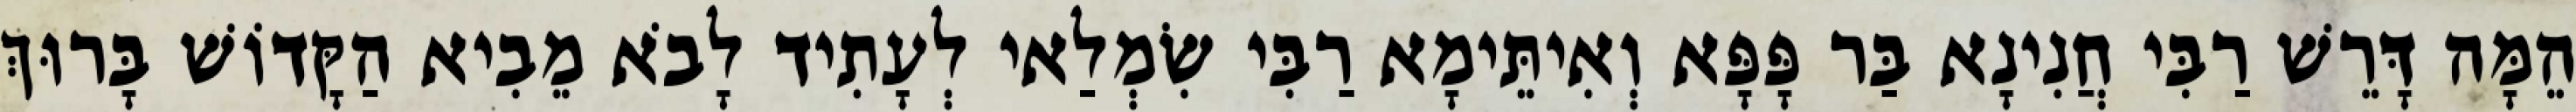
הֵמָּה דָּרֵשׁ רַבִּי חֲנִינָא בַּר פָּפָּא וְאִיתֵּימָא רַבִּי שִׂמְלַאי לְעָתִיד לָבֹא מֵבִיא הַקָּדוֹשׁ בָּרוּךְ